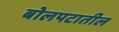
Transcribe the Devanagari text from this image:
बोलपटातील